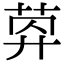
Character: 𦯛